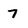
Character: 7